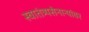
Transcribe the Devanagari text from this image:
स्वातंत्र्यसेनान्यांवर